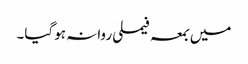
میں بمعہ فیملی روانہ ہوگیا۔